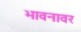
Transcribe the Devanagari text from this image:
भावनावर